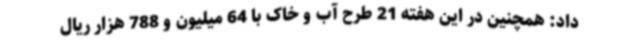
داد: همچنین در این هفته 21 طرح آب و خاک با 64 میلیون و 788 هزار ریال